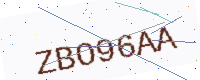
Text: ZBO96AA